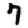
Digit: 7